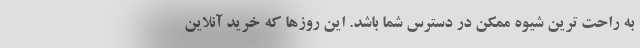
به راحت ترین شیوه ممکن در دسترس شما باشد. این روزها که خرید آنلاین